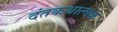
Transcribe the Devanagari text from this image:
दंतकथात्मक